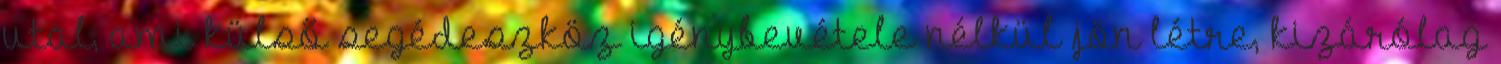
utal, ami külső segédeszköz igénybevétele nélkül jön létre, kizárólag